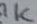
Text: 1K